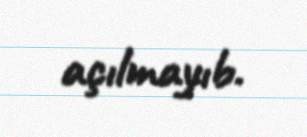
açılmayıb.